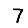
Digit: 7